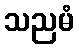
သညမံ